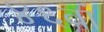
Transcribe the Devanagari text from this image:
४६वां